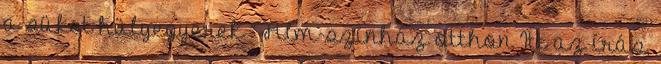
a süket hülyegyerek ” Film-színház otthon Itt az írás,